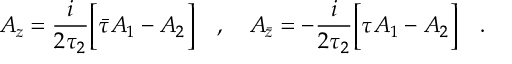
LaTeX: A _ { z } = \frac { i } { 2 \tau _ { 2 } } \Big [ \bar { \tau } A _ { 1 } - A _ { 2 } \Big ] \ \ \ , \ \ \ A _ { \bar { z } } = - \frac { i } { 2 \tau _ { 2 } } \Big [ \tau A _ { 1 } - A _ { 2 } \Big ] \ \ \ .